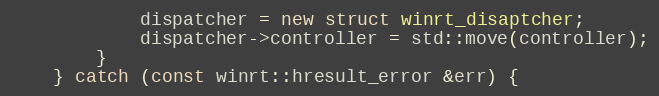
Language: C++
			dispatcher = new struct winrt_disaptcher;
			dispatcher->controller = std::move(controller);
		}
	} catch (const winrt::hresult_error &err) {